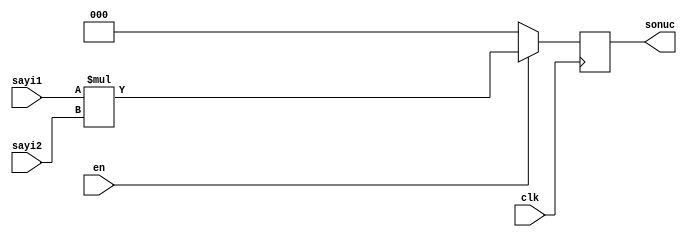
`timescale 1ns / 1ps
//////////////////////////////////////////////////////////////////////////////////
// Company: 
// Engineer: 
// 
// Design Name: 
// Module Name: carpici
// Project Name: 
// Target Devices: 
// Tool Versions: 
// Description: 
// 
// Dependencies: 
// 
// Revision:
// Revision 0.01 - File Created
// Additional Comments:
// 
//////////////////////////////////////////////////////////////////////////////////

module carpici(
input clk,
input en,
input [2:0] sayi1,
input [2:0] sayi2,
output reg [2:0] sonuc
    );
reg [5:0] carpim;
always@(posedge clk)
begin
if(en)
begin
carpim=sayi1*sayi2;
sonuc=carpim[2:0];
end
else
begin
sonuc=3'b0;
end
end
endmodule